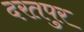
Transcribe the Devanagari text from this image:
दरतपुर